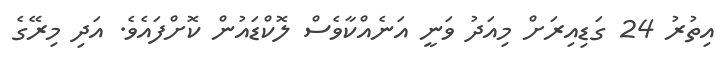
އިތުރު 24 ގަޑިއިރަށް މިއަދު ވަނީ އަނެއްކާވެސް ލޮކްޑައުން ކޮށްފައެވެ. އަދި މިރޭގެ